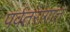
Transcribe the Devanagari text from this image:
पर्वतरांगांत